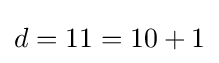
d=11=10+1